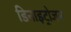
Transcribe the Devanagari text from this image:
डिनाइट्रोजन